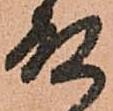
殿